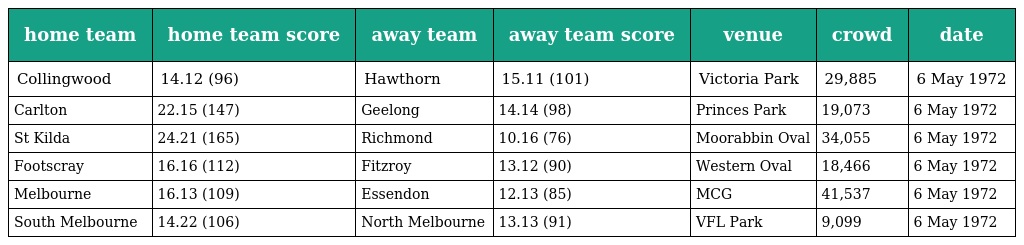
| home team | home team score | away team | away team score | venue | crowd | date |
 | --- | --- | --- | --- | --- | --- | --- |
 | Collingwood | 14.12 (96) | Hawthorn | 15.11 (101) | Victoria Park | 29,885 | 6 May 1972 |
 | Carlton | 22.15 (147) | Geelong | 14.14 (98) | Princes Park | 19,073 | 6 May 1972 |
 | St Kilda | 24.21 (165) | Richmond | 10.16 (76) | Moorabbin Oval | 34,055 | 6 May 1972 |
 | Footscray | 16.16 (112) | Fitzroy | 13.12 (90) | Western Oval | 18,466 | 6 May 1972 |
 | Melbourne | 16.13 (109) | Essendon | 12.13 (85) | MCG | 41,537 | 6 May 1972 |
 | South Melbourne | 14.22 (106) | North Melbourne | 13.13 (91) | VFL Park | 9,099 | 6 May 1972 |